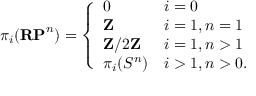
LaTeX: \pi _ { i } ( \mathbf { R P } ^ { n } ) = { \left\{ \begin{array} { l l } { 0 } & { i = 0 } \\ { \mathbf { Z } } & { i = 1 , n = 1 } \\ { \mathbf { Z } / 2 \mathbf { Z } } & { i = 1 , n > 1 } \\ { \pi _ { i } ( S ^ { n } ) } & { i > 1 , n > 0 . } \end{array} \right. }